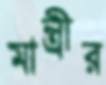
মান্ত্রীর